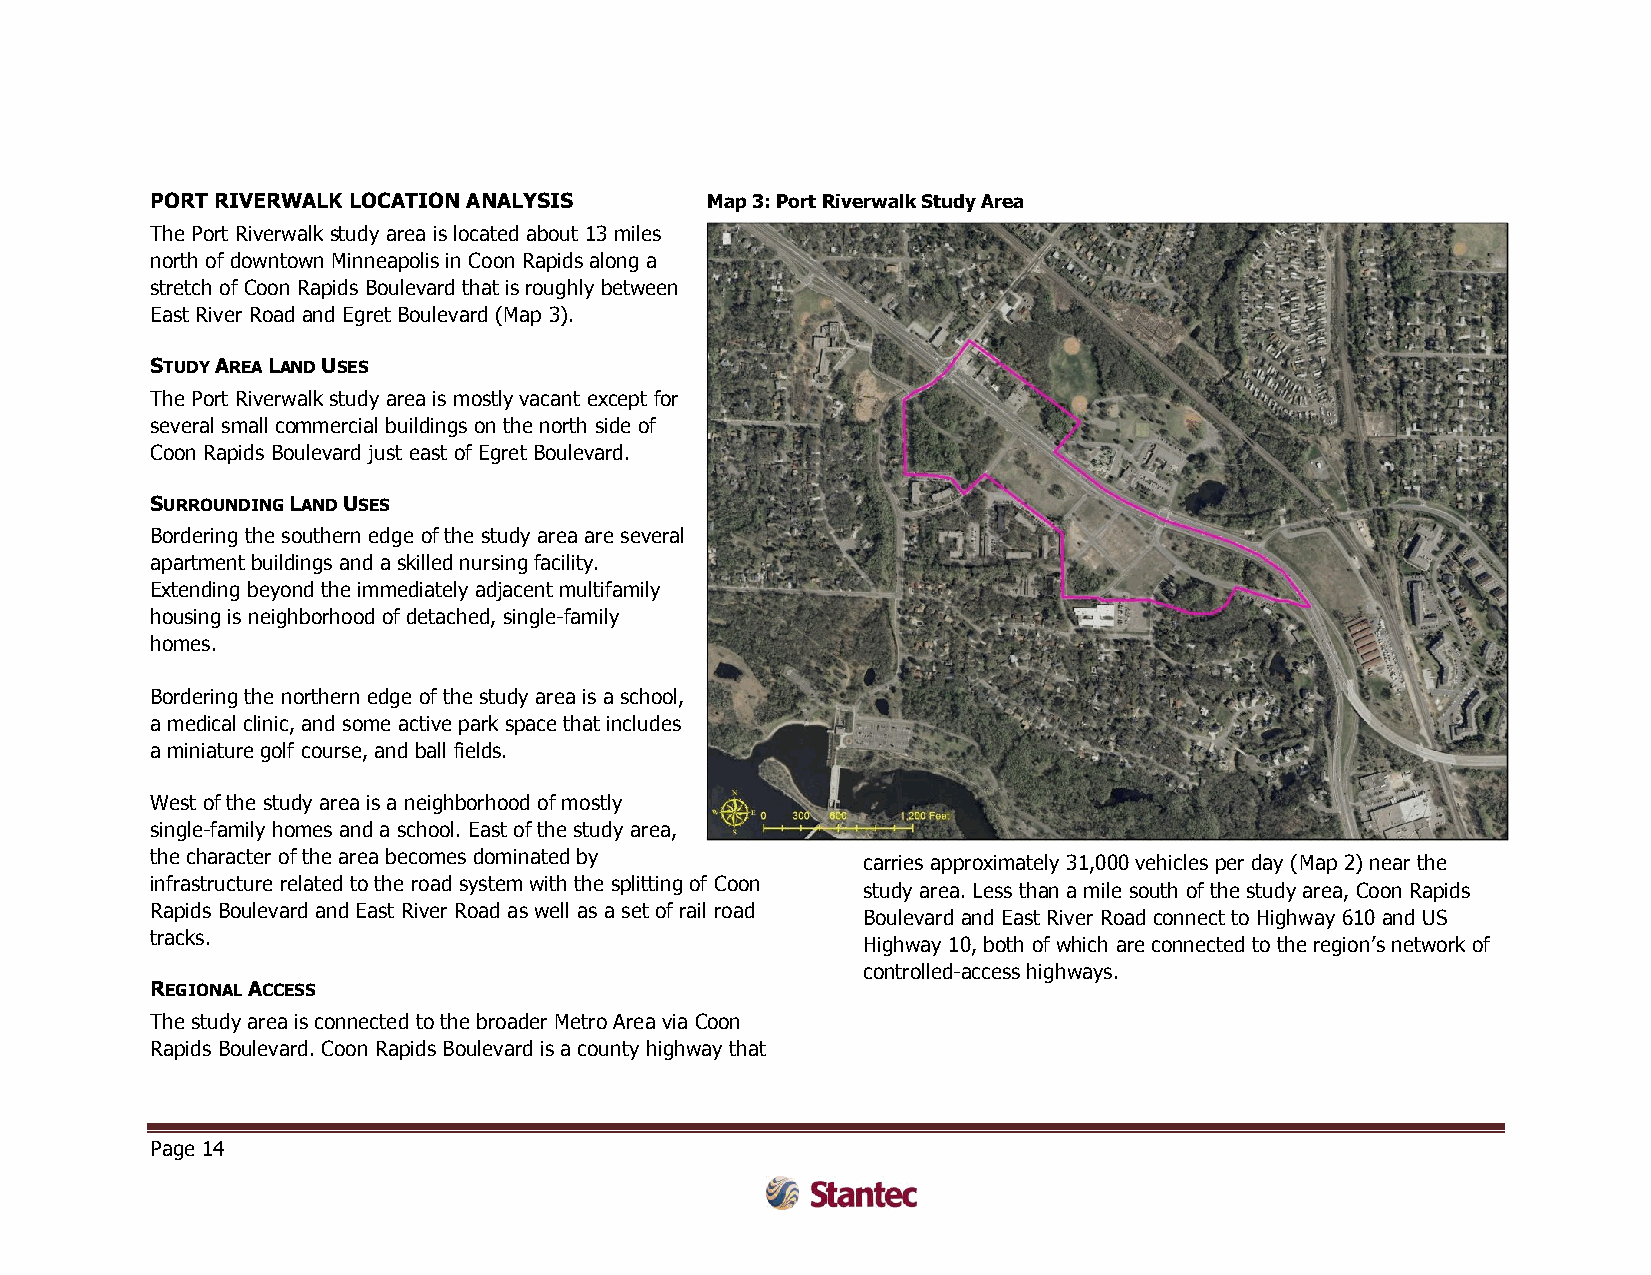
PORT RIVERWALK LOCATION ANALYSIS     Map 3: Port Riverwalk Study Area
 The Port Riverwalk study area is located about 13 miles
 north of downtown Minneapolis in Coon Rapids along a
 stretch of Coon Rapids Boulevard that is roughly between
 East River Road and Egret Boulevard (Map 3).
 STUDY AREA LAND USES
 The Port Riverwalk study area is mostly vacant except for
 several small commercial buildings on the north side of
 Coon Rapids Boulevard just east of Egret Boulevard.
 SURROUNDING LAND USES
 Bordering the southern edge of the study area are several
 apartment buildings and a skilled nursing facility.
 Extending beyond the immediately adjacent multifamily
 housing is neighborhood of detached, single-family
 homes.
 Bordering the northern edge of the study area is a school,
 a medical clinic, and some active park space that includes
 a miniature golf course, and ball fields.
 West of the study area is a neighborhood of mostly
 single-family homes and a school. East of the study area,
 the character of the area becomes dominated by
 carries approximately 31,000 vehicles per day (Map 2) near the
 infrastructure related to the road system with the splitting of Coon
 study area. Less than a mile south of the study area, Coon Rapids
 Rapids Boulevard and East River Road as well as a set of rail road
 Boulevard and East River Road connect to Highway 610 and US
 tracks.
 Highway 10, both of which are connected to the region’s network of
 controlled-access highways.
 REGIONAL ACCESS
 The study area is connected to the broader Metro Area via Coon
 Rapids Boulevard. Coon Rapids Boulevard is a county highway that
 Page 14